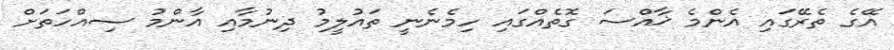
އޭގެ ތެރޭގައި އެންމެ ޚާއްސަ ގޮތެއްގައި ހިމެނެނީ ތައުލީމު ދިނުމާއި އާންމު ސިއްހަތަށް